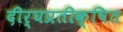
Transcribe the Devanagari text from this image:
दीर्घप्रतीक्षित